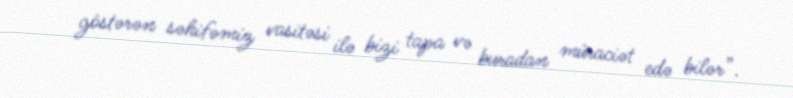
göstərən səhifəmiz vasitəsi ilə bizi tapa və buradan müraciət edə bilər”.